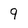
Character: 9